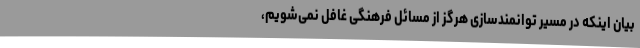
بیان اینکه در مسیر توانمندسازی هرگز از مسائل فرهنگی غافل نمی‌شویم،